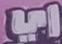
اي